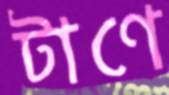
টাণে